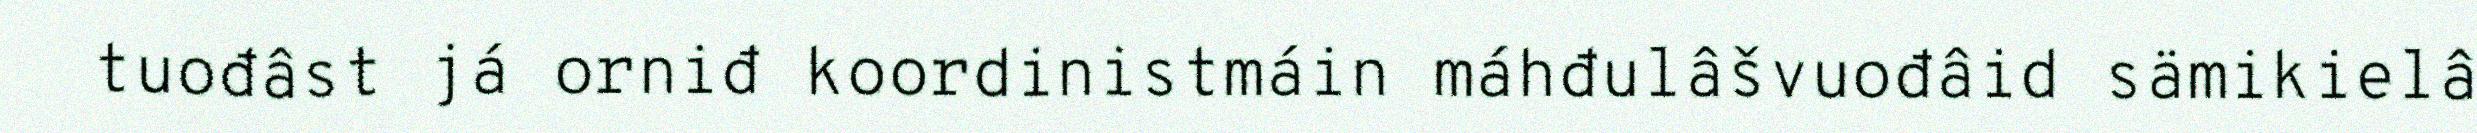
tuođâst já orniđ koordinistmáin máhđulâšvuođâid sämikielâ